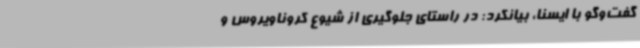
گفت‌وگو با ایسنا، بیانکرد: در راستای جلوگیری از شیوع کروناویروس و